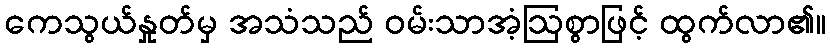
ကေသွယ်နှုတ်မှ အသံသည် ဝမ်းသာအံ့ဩစွာဖြင့် ထွက်လာ၏။